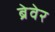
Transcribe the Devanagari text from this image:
ब्रेवेर